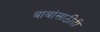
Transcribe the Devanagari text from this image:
बाबांसाठीही